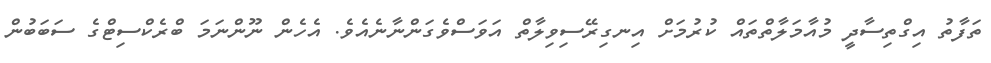
ތަފާތު އިގްތިސާދީ މުއާމަލާތްތައް ކުރުމަށް އިނގިރޭސިވިލާތް އަވަސްވެގަންނާނެއެވެ. އެހެން ނޫންނަމަ ބްރެކްސިޓްގެ ސަބަބުން